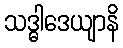
သဒ္ဓါဒေယျာနိ